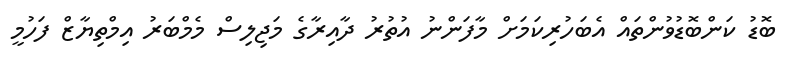
ބޮޑު ކަންބޮޑުވުންތައް އެބަހުރިކަމަށް މާފަންނު އުތުރު ދާއިރާގެ މަޖިލިސް މެމްބަރު އިމްތިޔާޒް ފަހުމީ